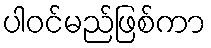
ပါဝင်မည်ဖြစ်ကာ